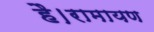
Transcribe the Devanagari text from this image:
है।रामायण